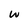
Character: w